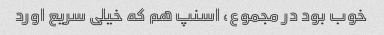
خوب بود در مجموع، اسنپ هم که خیلی سریع اورد